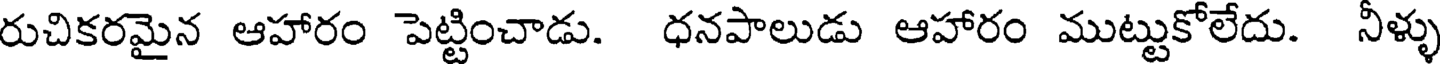
రుచికరమైన ఆహారం పెట్టించాడు. ధనపాలుడు ఆహారం ముట్టుకోలేదు. నీళ్ళు